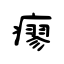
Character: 瘳